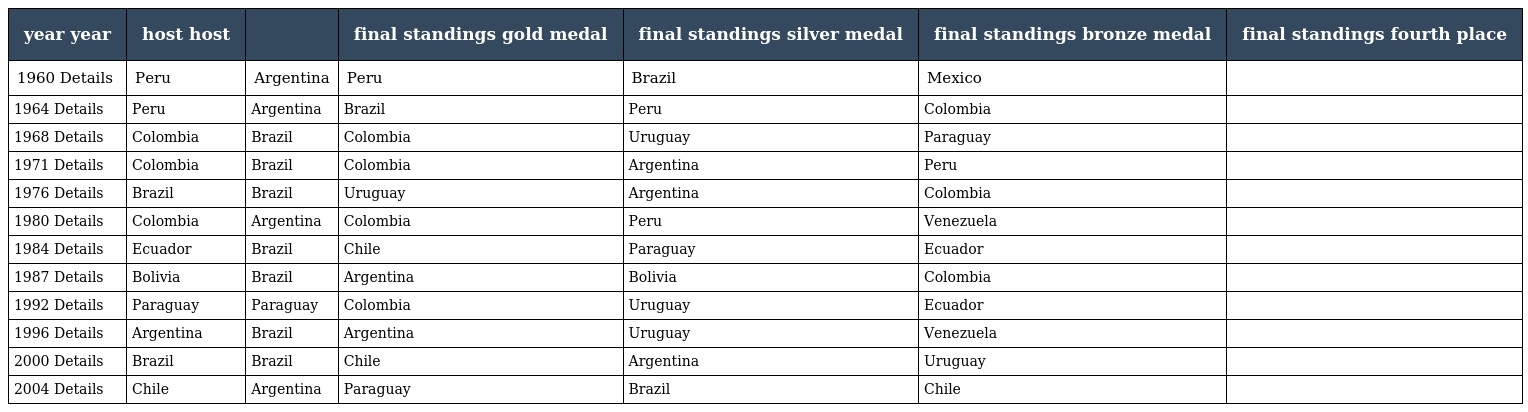
| year year | host host |  | final standings gold medal | final standings silver medal | final standings bronze medal | final standings fourth place |
 | --- | --- | --- | --- | --- | --- | --- |
 | 1960 Details | Peru | Argentina | Peru | Brazil | Mexico |  |
 | 1964 Details | Peru | Argentina | Brazil | Peru | Colombia |  |
 | 1968 Details | Colombia | Brazil | Colombia | Uruguay | Paraguay |  |
 | 1971 Details | Colombia | Brazil | Colombia | Argentina | Peru |  |
 | 1976 Details | Brazil | Brazil | Uruguay | Argentina | Colombia |  |
 | 1980 Details | Colombia | Argentina | Colombia | Peru | Venezuela |  |
 | 1984 Details | Ecuador | Brazil | Chile | Paraguay | Ecuador |  |
 | 1987 Details | Bolivia | Brazil | Argentina | Bolivia | Colombia |  |
 | 1992 Details | Paraguay | Paraguay | Colombia | Uruguay | Ecuador |  |
 | 1996 Details | Argentina | Brazil | Argentina | Uruguay | Venezuela |  |
 | 2000 Details | Brazil | Brazil | Chile | Argentina | Uruguay |  |
 | 2004 Details | Chile | Argentina | Paraguay | Brazil | Chile |  |